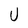
Character: U